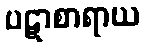
ပဋာစာရာယ